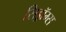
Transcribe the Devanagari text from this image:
सिड्रॉम्स